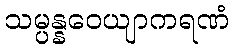
သမ္ပန္နဝေယျာကရဏံ